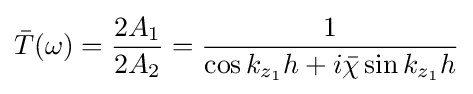
{\bar {T}}(\omega )={\frac {2A_{1}}{2A_{2}}}={\frac {1}{\cos k_{z_{1}}h+i{\bar {\chi }}\sin k_{z_{1}}h}}